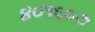
૪૦૧૬૦૭